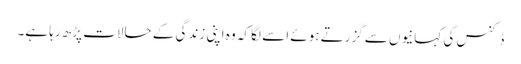
ڈکنس کی کہانیوں سے گزرتے ہوئے اسے لگا کہ وہ اپنی زندگی کے حالات پڑھ رہا ہے۔